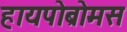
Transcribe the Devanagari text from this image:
हायपोब्रोमस